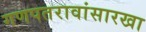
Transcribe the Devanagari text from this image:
गणपतरावांसारखा